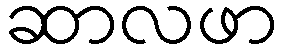
ဆာလဖာ